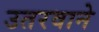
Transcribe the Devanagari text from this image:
उतरवाने